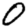
Digit: 0